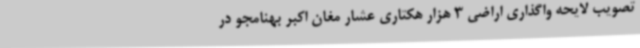
تصویب لایحه واگذاری اراضی 3 هزار هکتاری عشار مغان اکبر بهنامجو در